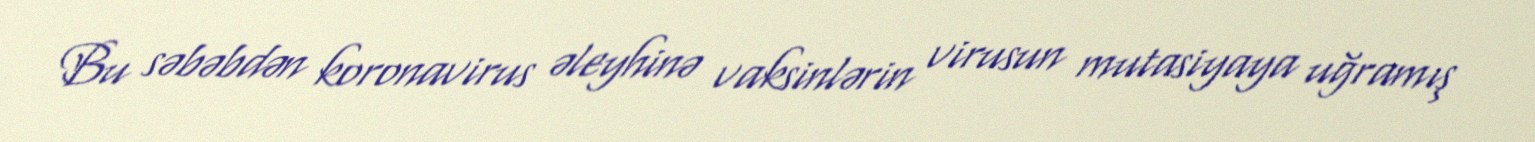
Bu səbəbdən koronavirus əleyhinə vaksinlərin virusun mutasiyaya uğramış